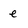
Character: e